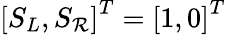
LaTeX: \left[S_{L},S_{\mathcal{R}}\right]^{T}=\left[1,0\right]^{T}